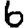
Digit: 6